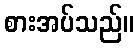
စားအပ်သည်။